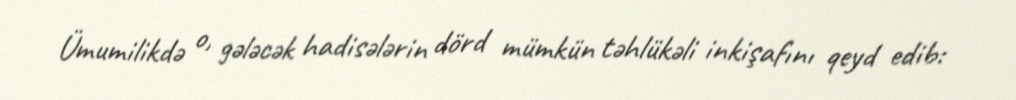
Ümumilikdə o, gələcək hadisələrin dörd mümkün təhlükəli inkişafını qeyd edib: